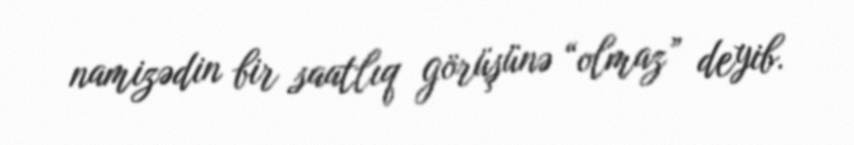
namizədin bir saatlıq görüşünə “olmaz” deyib.